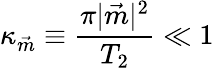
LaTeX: \kappa_{\vec{m}}\equiv\frac{\pi|{\vec{m}}|^{2}}{T_{2}}\ll 1